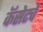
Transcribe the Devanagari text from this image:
कॅसेटचे